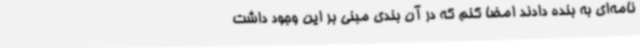
نامه‌ای به بنده دادند امضا کنم که در آن بندی مبنی بر این وجود داشت